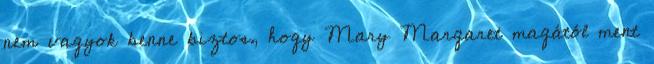
nem vagyok benne biztos, hogy Mary Margaret magától ment